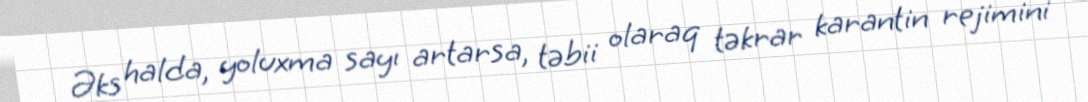
Əks halda, yoluxma sayı artarsa, təbii olaraq təkrar karantin rejimini